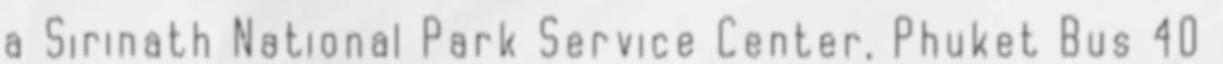
a Sirinath National Park Service Center, Phuket Bus 40